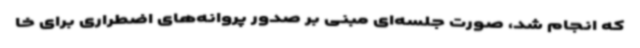
که انجام شد، صورت جلسه‌ای مبنی بر صدور پروانه‌های اضطراری برای خا